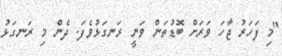
"މި ފަހަރު ޖާހަ ވަރަށް ބޮޑުތަން ވަނީ ރަނގަޅުވެފަ. ދެން މި ރަނގަޅު